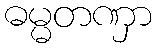
ဓမ္မတဏှာ